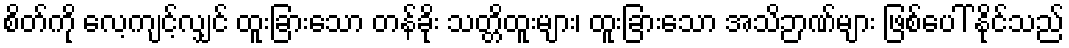
စိတ်ကို လေ့ကျင့်လျှင် ထူးခြားသော တန်ခိုး သတ္တိထူးများ၊ ထူးခြားသော အသိဉာဏ်များ ဖြစ်ပေါ် နိုင်သည်